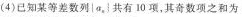
(4)已知某等差数列|q，}共有10项，其奇数项之和为